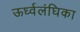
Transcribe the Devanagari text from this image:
ऊर्ध्वलंघिका